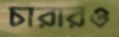
চারারও